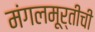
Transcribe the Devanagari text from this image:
मंगलमूर्तीची